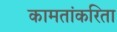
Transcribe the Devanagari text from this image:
कामतांकरिता